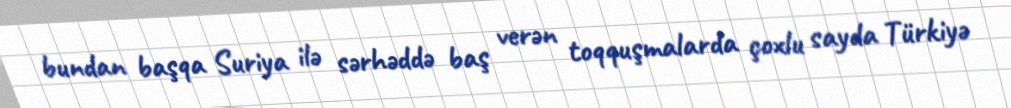
bundan başqa Suriya ilə sərhəddə baş verən toqquşmalarda çoxlu sayda Türkiyə